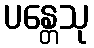
ပန္တေသု